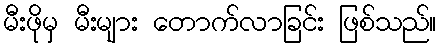
မီးဖိုမှ မီးများ တောက်လာခြင်း ဖြစ်သည်။